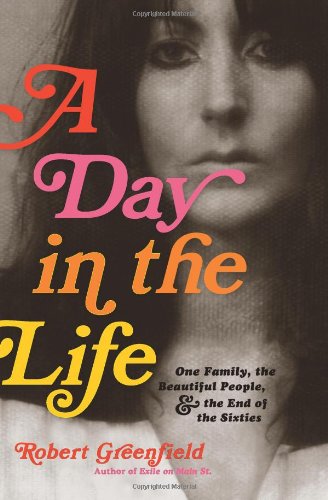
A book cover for A Day in the Life: One Family, the Beautiful People, and the End of the Sixties; Robert Greenfield; Biographies & Memoirs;